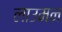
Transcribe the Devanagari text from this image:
लाउमन